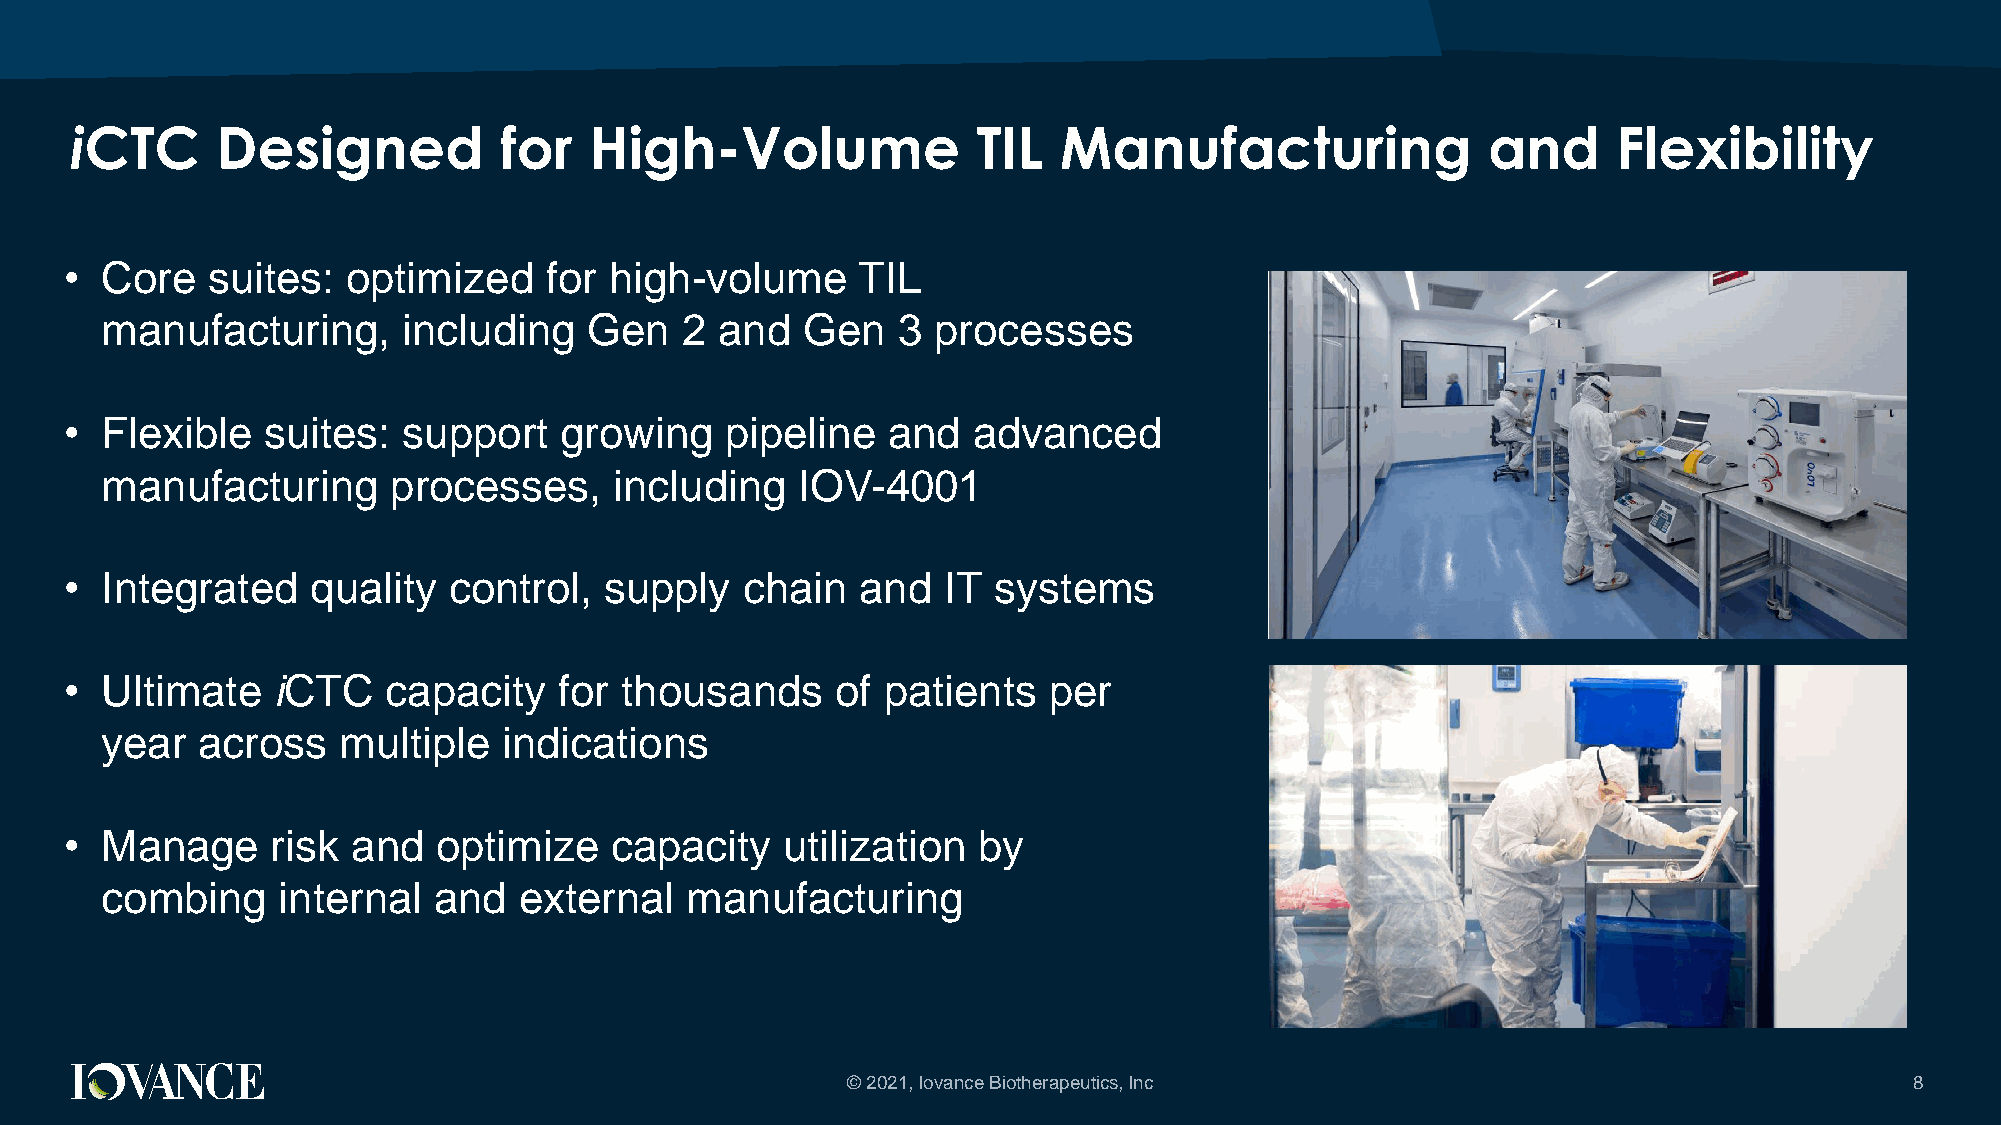
iCTC     Designed           for   High-Volume               TIL  Manufacturing               and      Flexibility
 •  Core   suites:  optimized    for high-volume      TIL
 manufacturing,      including   Gen   2  and  Gen   3  processes
 •  Flexible  suites:   support   growing    pipeline   and  advanced
 manufacturing      processes,     including   IOV-4001
 •  Integrated    quality  control,  supply   chain   and  IT  systems
 •  Ultimate   iCTC    capacity   for thousands     of patients   per
 year  across   multiple   indications
 •  Manage     risk and   optimize   capacity    utilization  by
 combing    internal   and  external   manufacturing
 © 2021, Iovance Biotherapeutics, Inc                                   8